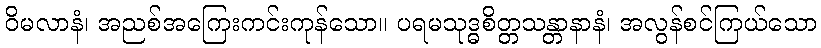
ဝိမလာနံ၊ အညစ်အကြေးကင်းကုန်သော။ ပရမသုဒ္ဓစိတ္တသန္တာနာနံ၊ အလွန်စင်ကြယ်သော